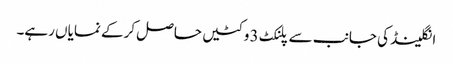
انگلینڈ کی جانب سے پلنکٹ 3 وکٹیں حاصل کرکے نمایاں رہے۔